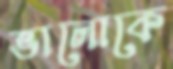
ভালোকে